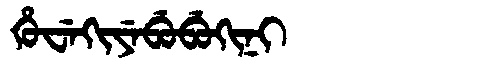
Manchu: ᡥᡠᠸᡝᡴᡳᠶᡝᠪᡠᠪᡠᡴᡳᠨᡳ
Romanization: HUWEKIYEBUBUKINI